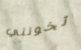
تخونني